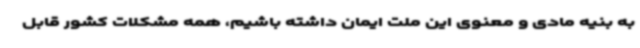
به بنیه مادی و معنوی این ملت ایمان داشته باشیم، همه مشکلات کشور قابل